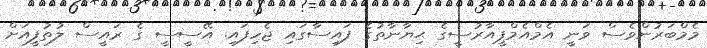
މެމްބަރުންވެސް ވަނީ އެމްއެމްޕީއާރުސީގެ ޙިޔާނާތުގެ ފައިސާގައި ޖެހިފައި. އޭސީސީ ގެ ރައީސް ލުތުފީއަށް